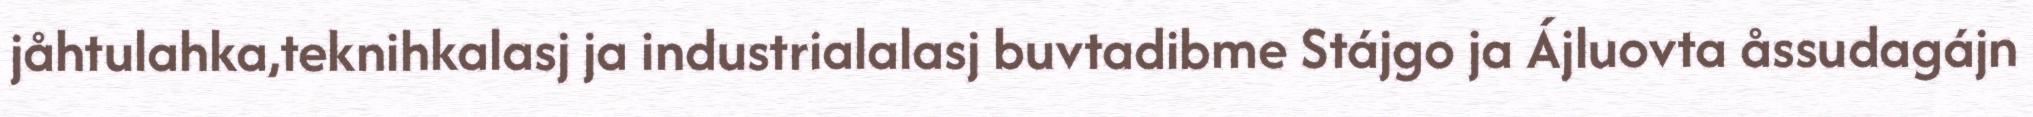
jåhtulahka,teknihkalasj ja industrialalasj buvtadibme Stájgo ja Ájluovta åssudagájn